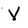
Character: V